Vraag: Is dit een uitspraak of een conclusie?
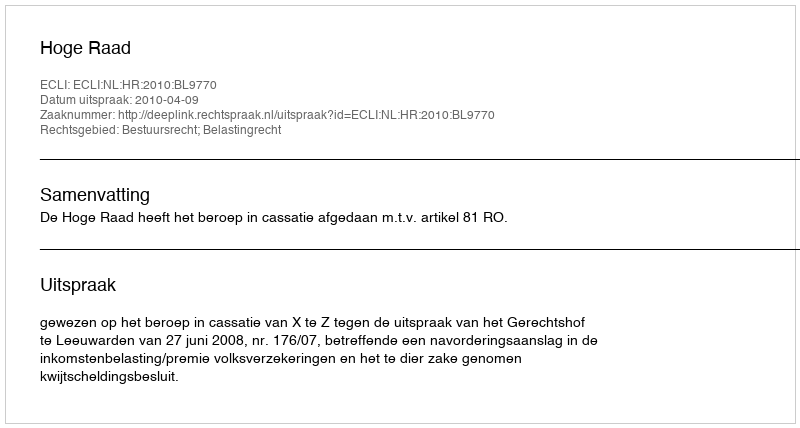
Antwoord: Uitspraak